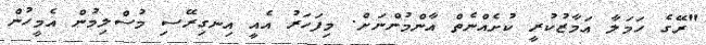
"ރޭގެ ހަމަލާ އަމާޒުކުރީ ކުށެއްނެތް އާންމުންނަށް. މިފަހަރު އެއީ އިނގިރޭސި މުސްލިމުން އެމީހުން